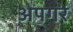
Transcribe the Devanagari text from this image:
अपगर